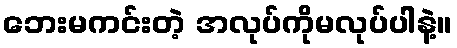
ဘေးမကင်းတဲ့ အလုပ်ကိုမလုပ်ပါနဲ့။